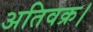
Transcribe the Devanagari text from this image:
अतिवक्र।